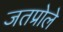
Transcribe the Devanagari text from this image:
जतप्रोले